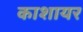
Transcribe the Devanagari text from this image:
काशायर